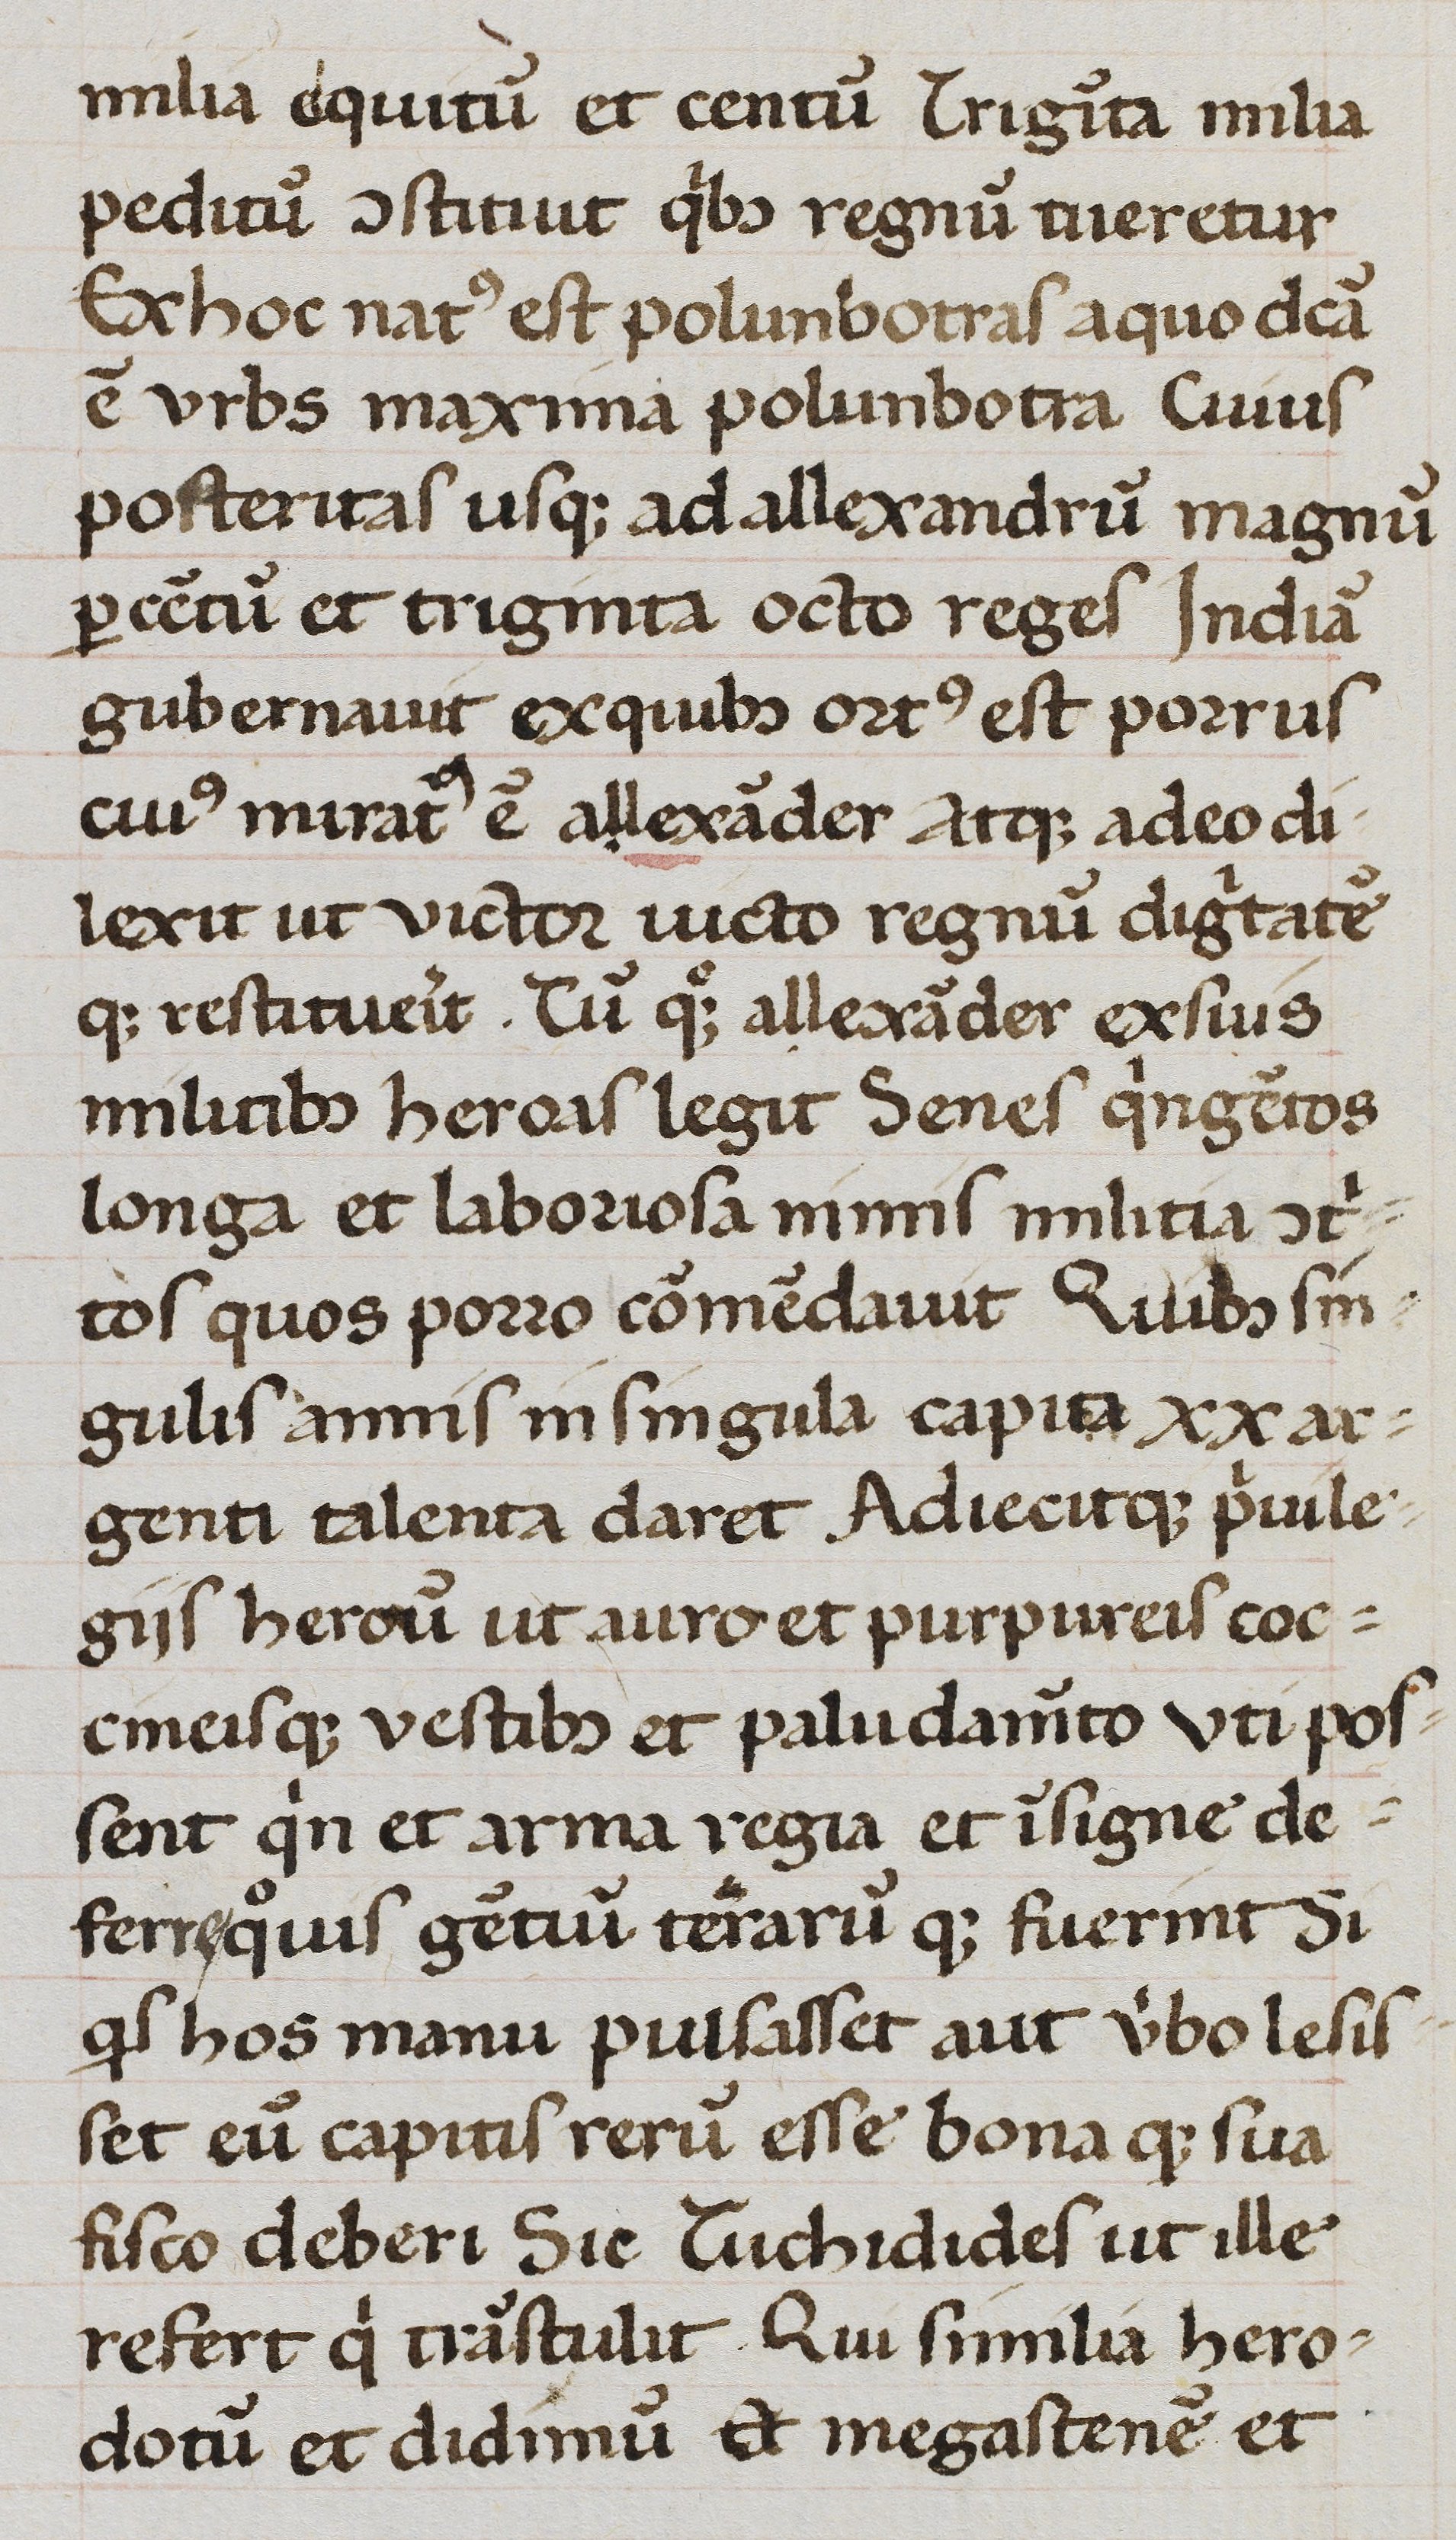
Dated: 1470–1488